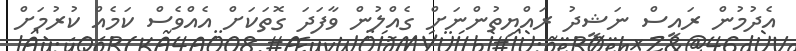
އެދުމުން ރައީސް ނަޝީދު ރައްޔިތުންނަށް ގެއްލުން ވާފަދަ ގޮތަކަށް އެއްވެސް ކަމެއް ކުރުމަށް